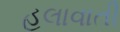
હલાવાતી